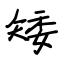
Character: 矮